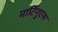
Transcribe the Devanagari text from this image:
मार्टिगुएस